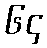
၆၄